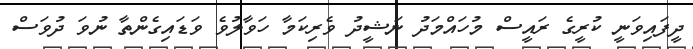
ދީފައިވަނީ ކުރީގެ ރައީސް މުހައްމަދު ނަޝީދު ވެރިކަމާ ހަވާލުވެ ވަޑައިގެންތާ ނުވަ ދުވަސް